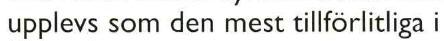
upplevs som den mest tillförlitliga i